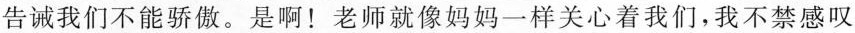
告诫我们不能骄傲。是啊！老师就像妈妈一样关心着我们，我不禁感叹